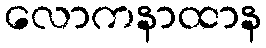
လောကနာထာန